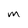
Character: M